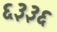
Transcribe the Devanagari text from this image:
६३३६